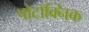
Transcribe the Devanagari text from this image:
पोटॉक्निक